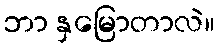
ဘာ နှမြောတာလဲ။